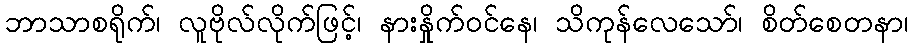
ဘာသာစရိုက်၊ လူဗိုလ်လိုက်ဖြင့်၊ နားနှိုက်ဝင်နေ၊ သိကုန်လေသော်၊ စိတ်စေတနာ၊